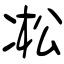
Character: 凇